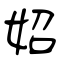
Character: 妱